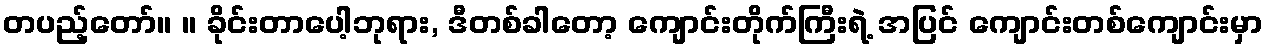
တပည့်တော်။ ။ ခိုင်းတာပေါ့ဘုရား, ဒီတစ်ခါတော့ ကျောင်းတိုက်ကြီးရဲ့ အပြင် ကျောင်းတစ်ကျောင်းမှာ